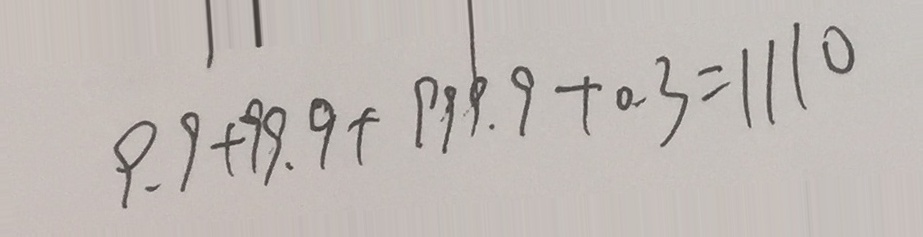
9 . 9 + 9 9 . 9 + 9 9 9 . 9 + 0 . 3 = 1 1 1 0